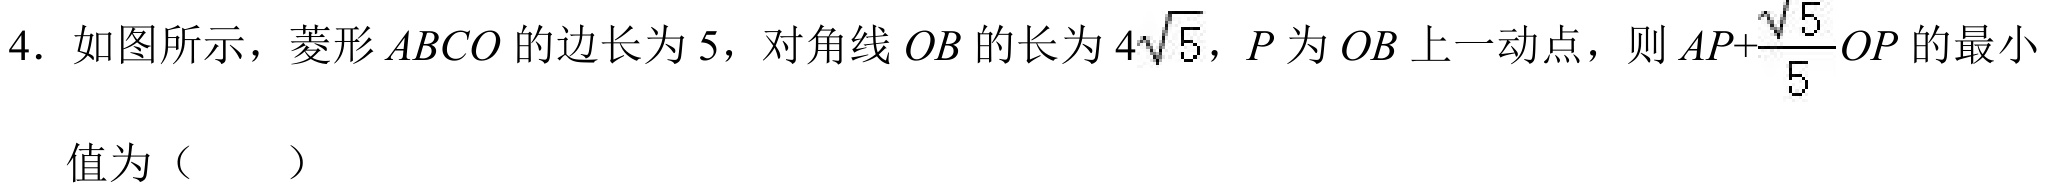
4. 如图所示，菱形\(ABCO\)的边长为\(5\)，对角线\(OB\)的长为\(4\sqrt{5}\)，\(P\)为\(OB\)上一动点，则 \(AP+\dfrac{\sqrt{5}}{5}OP\)的最小值为（  ）